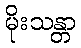
မိုးသန္တာ